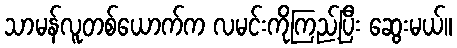
သာမန်လူတစ်ယောက်က လမင်းကိုကြည့်ပြီး ဆွေးမယ်။